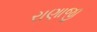
રાણાજી